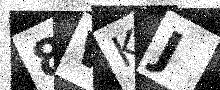
Text: 8WKJ